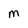
Character: M